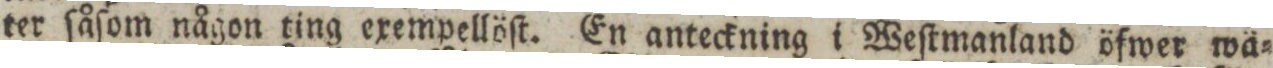
ter ſåſom någon ting exempellöſt. En anteckning i Weſtmanland öfwer wä=